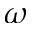
\omega